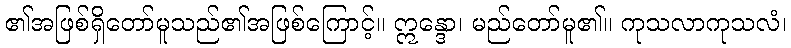
၏အဖြစ်ရှိတော်မူသည်၏အဖြစ်ကြောင့်။ ဣန္ဒော၊ မည်တော်မူ၏။ ကုသလာကုသလံ၊